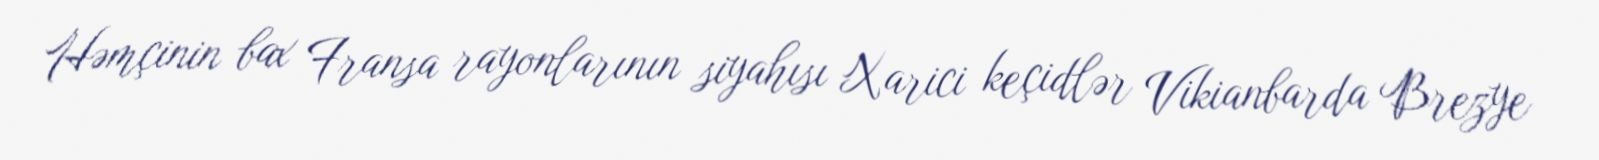
Həmçinin bax Fransa rayonlarının siyahısı Xarici keçidlər Vikianbarda Brezye